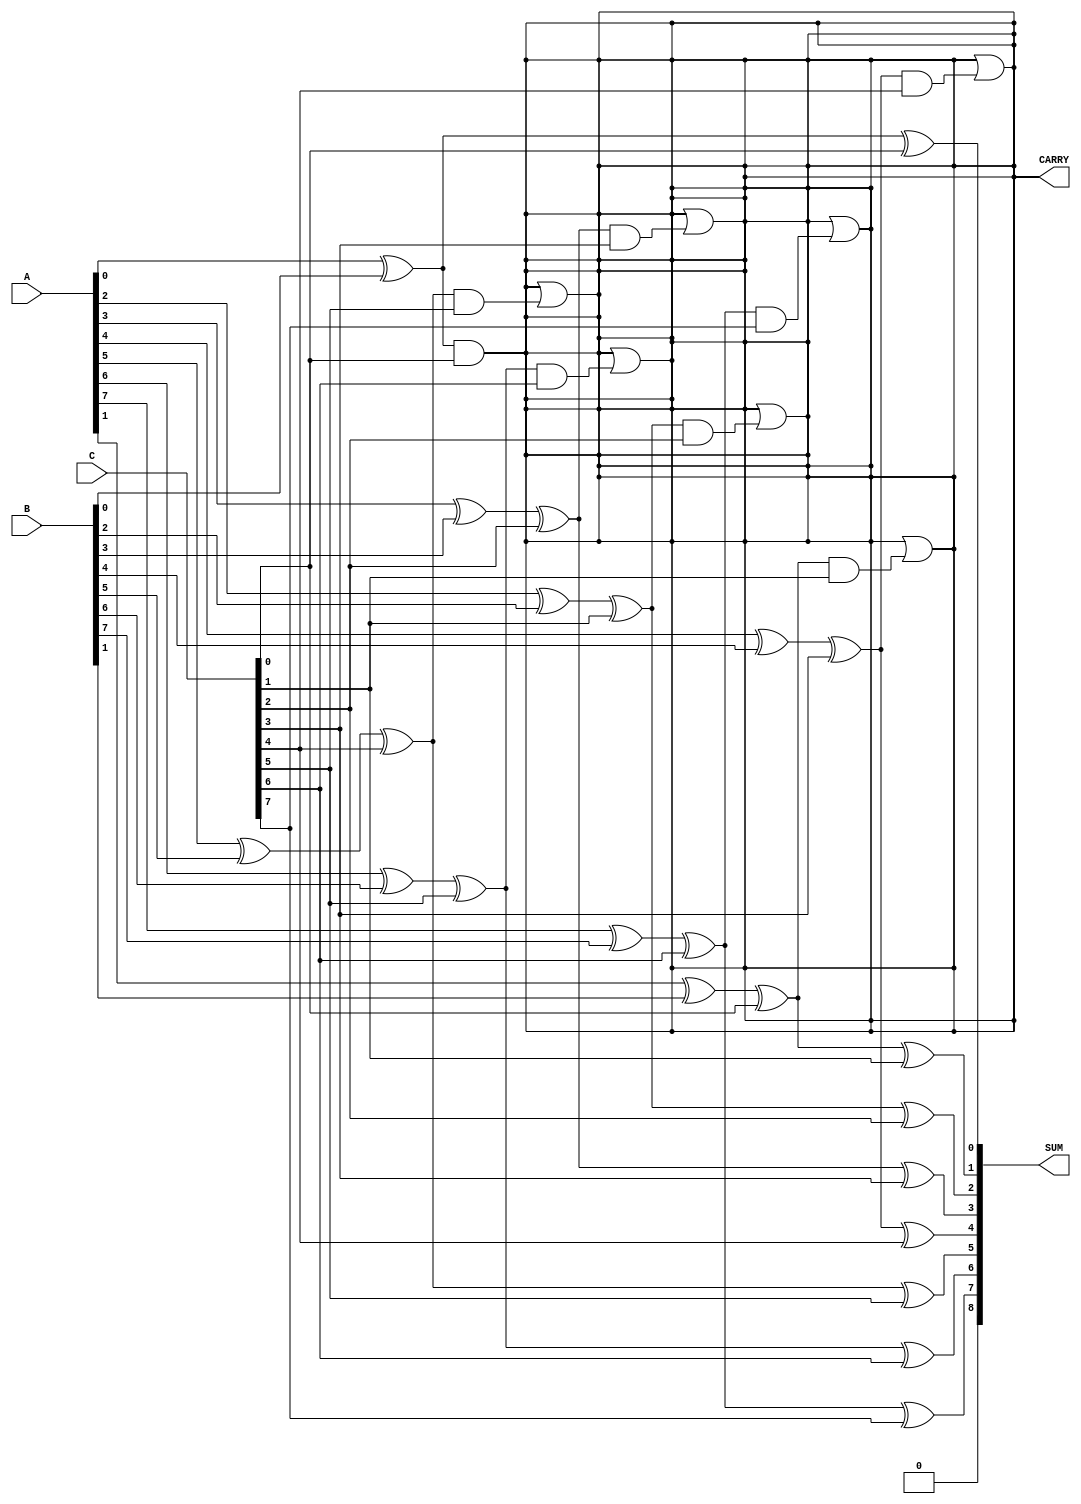
module carry_save_adder (
    input [N-1:0] A, // First operand
    input [N-1:0] B, // Second operand
    input [N-1:0] C, // Third operand
    output [N:0] SUM, // Final sum output
    output CARRY // Final carry output
);
    parameter N = 8; // Bit-width of the operands

    wire [N-1:0] S1, S2; // Partial sums
    wire [N-1:0] C1, C2; // Partial carries

    // Half Adder for the least significant bit
    assign S1[0] = A[0] ^ B[0]; // Sum of A[0] and B[0]
    assign C1[0] = A[0] & B[0]; // Carry of A[0] and B[0]

    // Full Adders for the remaining bits
    genvar i;
    generate
        for (i = 1; i < N; i = i + 1) begin : full_adders
            wire temp_sum, temp_carry;
            assign temp_sum = A[i] ^ B[i];
            assign S1[i] = temp_sum ^ C[i-1]; // Sum bit for current position
            assign C1[i] = (A[i] & B[i]) | (temp_sum & C[i-1]); // Carry bit for current position
        end
    endgenerate

    // Final stage to add the carry from C and the partial sums
    wire [N-1:0] final_sum;
    wire final_carry;

    assign final_sum[0] = S1[0] ^ C[0]; // Final sum for LSB
    assign final_carry = S1[0] & C[0]; // Final carry for LSB

    generate
        for (i = 1; i < N; i = i + 1) begin : final_adders
            assign final_sum[i] = S1[i] ^ C[i]; // Final sum for current position
            assign final_carry = final_carry | (S1[i] & C[i]); // Final carry for current position
        end
    endgenerate

    // Final output
    assign SUM = final_sum;
    assign CARRY = final_carry;

endmodule